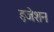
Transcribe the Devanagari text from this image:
इजेशन